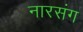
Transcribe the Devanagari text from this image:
नारसंग